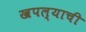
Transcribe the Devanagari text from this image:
खपल्याची